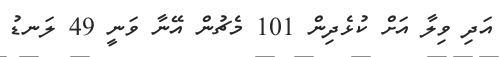
އަދި ވިލާ އަށް ކުޅެދިން 101 މެޗުން އޭނާ ވަނީ 49 ލަނޑު